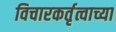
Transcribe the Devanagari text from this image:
विचारकर्तृत्वाच्या